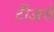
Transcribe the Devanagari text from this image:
टीअर्स